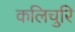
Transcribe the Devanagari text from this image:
कलिचुरि